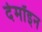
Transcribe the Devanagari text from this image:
देमॉइन